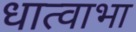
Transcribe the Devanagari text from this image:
धात्वाभा